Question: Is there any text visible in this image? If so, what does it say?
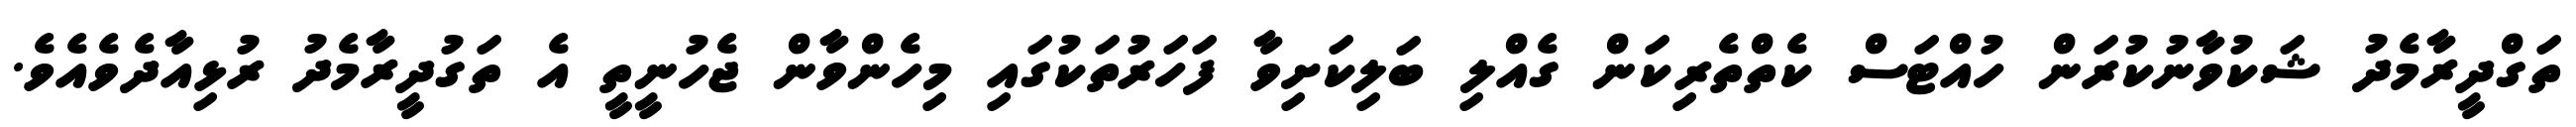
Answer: ތަގްދީރާމެދު ޝަކުވާނުކުރަން ހުއްޓަސް ކެތްތެރިކަން ގެއްލި ބަލިކަށިވާ ފަހަރުތަކުގައި މިހެންވާން ޖެހުނީތީ އެ ތަގުދީރާމެދު ރުޅިއާދެވެއެވެ.